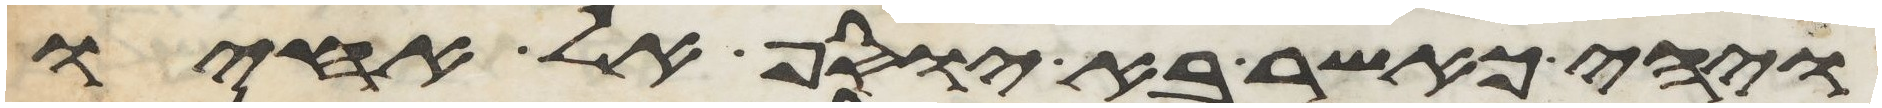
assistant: ויהי כאשר בא יוסף אל אחיו